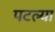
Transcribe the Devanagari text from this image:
पटल्या